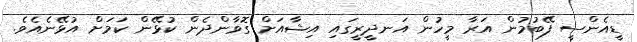
ޑީއެންސީ ފޭބުމުން އަރާ މީހުން އަނދީރީގައި އިޝާއަށް ގޮވާންދެން ކުޅޭން ކަމަށް އުޅޭނެއެވެ.